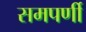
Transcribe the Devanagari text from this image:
समपर्णी